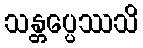
သန္တပ္ပေဿသိ